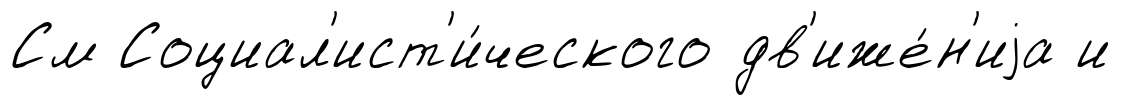
См Социал'ист'и́ческого дв'иже́н'иjа и